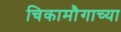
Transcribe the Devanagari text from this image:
चिकामौगाच्या